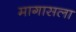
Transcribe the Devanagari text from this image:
मागासला